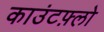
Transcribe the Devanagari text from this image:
काउंटफ़्लो